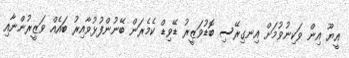
އީޔޫ އިން ވަކިނުވުމަށް އިނގިރޭސި ބޮޑުވަޒީރު ޑޭވިޑް ކެމެރަން ބޭނުންފުޅުވާއިރު ބައެއް ވަޒީރުންނާއި